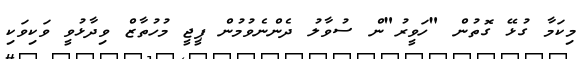
މިކަމާ ގުޅޭ ގޮތުން "ހަވީރު"ން ސުވާލު ދެންނެވުމުން ޕީޖީ މުހުތާޒް ވިދާޅުވީ ވަކިވަކި